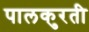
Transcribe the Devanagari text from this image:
पालकुरती